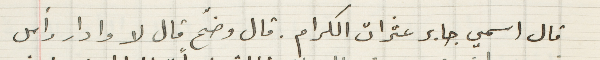
قال اسمي جابر عثرات الكرام. قال وضّح قال لا وادار رأس